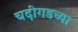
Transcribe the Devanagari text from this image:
चदीगडच्या